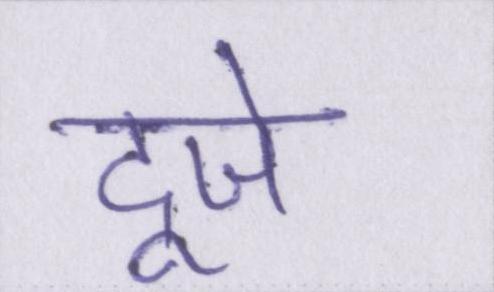
दूजे